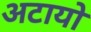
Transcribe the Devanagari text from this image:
अटायो